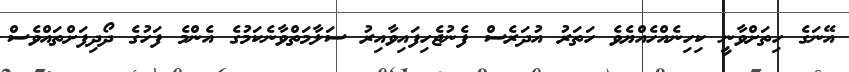
އޭނަގެ ހިތަށްވާނީ ކިހިނެއްހެއްޔެވެ ހަތަރު އުދަރެސް ފެނުޖެހިފައިވާއިރު ސަލާމަތްވާނެކަމުގެ އެންމެ ފަހުގެ ދޯދިފަށްތައްވެސް